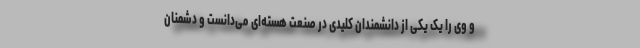
و وی را یک یکی از دانشمندان کلیدی در صنعت هسته‌ای می‌دانست و دشمنان